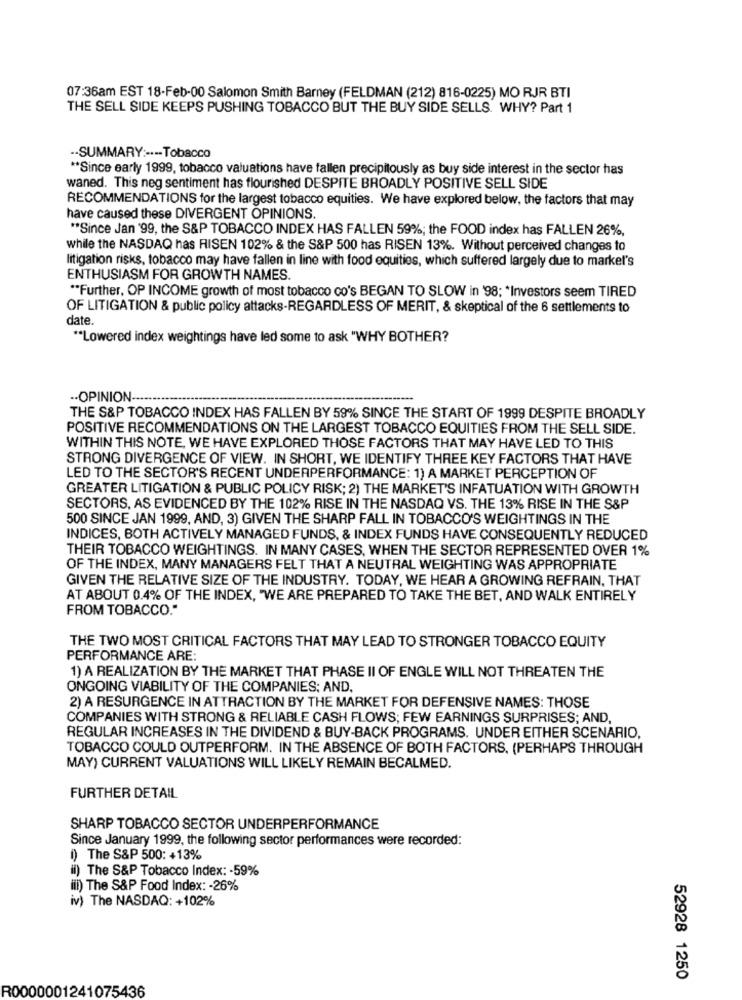
07:36am EST 18-Feb-00 Salomon Smith Barney (FELDMAN (212) 816-0225) MO RJR BTI
THE SELL SIDE KEEPS PUSHING TOBACCO BUT THE BUY SIDE SELLS. WHY? Part 1
-- SUMMARY :---- Tobacco
** Since early 1999, tobacco valuations have fallen precipitously as buy side interest in the sector has
waned. This neg sentiment has flourished DESPITE BROADLY POSITIVE SELL SIDE
RECOMMENDATIONS for the largest tobacco equities. We have explored below, the factors that may
have caused these DIVERGENT OPINIONS.
** Since Jan '99, the S&P TOBACCO INDEX HAS FALLEN 59%; the FOOD index has FALLEN 26%,
while the NASDAQ has RISEN 102% & the S&P 500 has RISEN 13%. Without perceived changes to
litigation risks, tobacco may have fallen in line with food equities, which suffered largely due to markel's
ENTHUSIASM FOR GROWTH NAMES.
** Further, OP INCOME growth of most tobacco co's BEGAN TO SLOW in '98; * Investors seem TIRED
OF LITIGATION & public policy attacks-REGARDLESS OF MERIT, & skeptical of the 6 settlements to
date.
** Lowered index weightings have led some to ask "WHY BOTHER?
.- OPINION-
THE S&P TOBACCO INDEX HAS FALLEN BY 59% SINCE THE START OF 1999 DESPITE BROADLY
POSITIVE RECOMMENDATIONS ON THE LARGEST TOBACCO EQUITIES FROM THE SELL SIDE.
WITHIN THIS NOTE, WE HAVE EXPLORED THOSE FACTORS THAT MAY HAVE LED TO THIS
STRONG DIVERGENCE OF VIEW. IN SHORT, WE IDENTIFY THREE KEY FACTORS THAT HAVE
LED TO THE SECTOR'S RECENT UNDERPERFORMANCE: 1) A MARKET PERCEPTION OF
GREATER LITIGATION & PUBLIC POLICY RISK; 2) THE MARKET'S INFATUATION WITH GROWTH
SECTORS, AS EVIDENCED BY THE 102% RISE IN THE NASDAQ VS. THE 13% RISE IN THE S&P
500 SINCE JAN 1999, AND, 3) GIVEN THE SHARP FALL IN TOBACCO'S WEIGHTINGS IN THE
INDICES, BOTH ACTIVELY MANAGED FUNDS, & INDEX FUNDS HAVE CONSEQUENTLY REDUCED
THEIR TOBACCO WEIGHTINGS. IN MANY CASES, WHEN THE SECTOR REPRESENTED OVER 1%
OF THE INDEX, MANY MANAGERS FELT THAT A NEUTRAL WEIGHTING WAS APPROPRIATE
GIVEN THE RELATIVE SIZE OF THE INDUSTRY. TODAY, WE HEAR A GROWING REFRAIN, THAT
AT ABOUT 0.4% OF THE INDEX, "WE ARE PREPARED TO TAKE THE BET, AND WALK ENTIRELY
FROM TOBACCO."
THE TWO MOST CRITICAL FACTORS THAT MAY LEAD TO STRONGER TOBACCO EQUITY
PERFORMANCE ARE:
1) A REALIZATION BY THE MARKET THAT PHASE II OF ENGLE WILL NOT THREATEN THE
ONGOING VIABILITY OF THE COMPANIES; AND,
2) A RESURGENCE IN ATTRACTION BY THE MARKET FOR DEFENSIVE NAMES: THOSE
COMPANIES WITH STRONG & RELIABLE CASH FLOWS; FEW EARNINGS SURPRISES; AND,
REGULAR INCREASES IN THE DIVIDEND & BUY-BACK PROGRAMS. UNDER EITHER SCENARIO.
TOBACCO COULD OUTPERFORM. IN THE ABSENCE OF BOTH FACTORS. (PERHAPS THROUGH
MAY) CURRENT VALUATIONS WILL LIKELY REMAIN BECALMED.
FURTHER DETAIL
SHARP TOBACCO SECTOR UNDERPERFORMANCE
Since January 1999, the following sector performances were recorded:
i) The S&P 500: +13%
il) The S&P Tobacco Index: - 59%
iii) The S&P Food Index: - 26%
iv) The NASDAQ: +102%
52928 1250
R0000001241075436